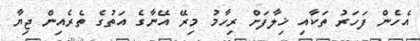
އެހެން ފަހަރު ތަކާއި ޚިލާފަށް ރިހާމު މިރޭ އޭނާގެ އަތުގެ ތެރެއިން ޖިޔާ